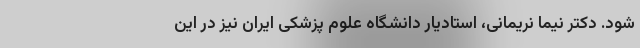
شود. دکتر نیما نریمانی، استادیار دانشگاه علوم پزشکی ایران نیز در این